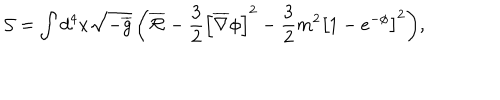
\mathcal { S } = \int { d ^ { 4 } x \sqrt { - \overline { { { g } } } } \left( \overline { { { \mathcal { R } } } } - \frac { 3 } { 2 } \left[ \overline { { { \nabla } } } \phi \right] ^ { 2 } - \frac { 3 } { 2 } m ^ { 2 } \left[ 1 - e ^ { - \phi } \right] ^ { 2 } \right) } ,